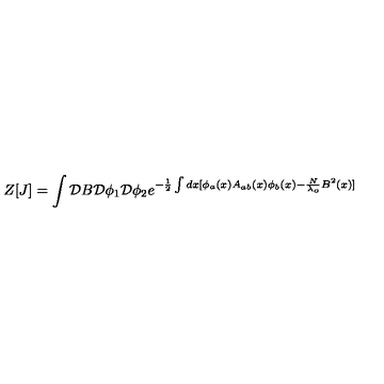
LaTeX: Z [ J ] = \int { \cal D } B { \cal D } \phi _ { 1 } { \cal D } \phi _ { 2 } e ^ { - \frac { 1 } { 2 } \int d x [ \phi _ { a } ( x ) A _ { a b } ( x ) \phi _ { b } ( x ) - \frac { N } { \lambda _ { o } } B ^ { 2 } ( x ) ] }